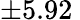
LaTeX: \pm 5.92\